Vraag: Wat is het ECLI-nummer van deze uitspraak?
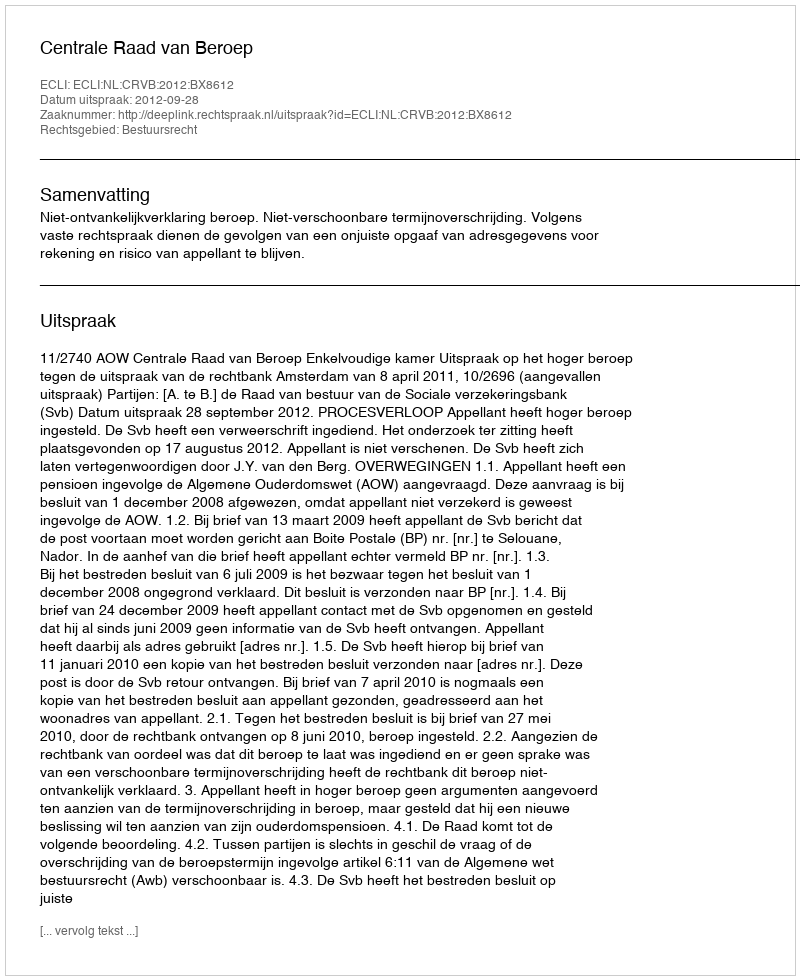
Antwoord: ECLI:NL:CRVB:2012:BX8612